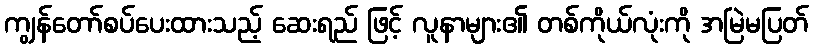
ကျွန်တော်စပ်ပေးထားသည့် ဆေးရည် ဖြင့် လူနာများ၏ တစ်ကိုယ်လုံးကို အမြဲမပြတ်